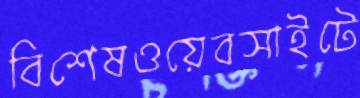
বিশেষওয়েবসাইটে